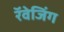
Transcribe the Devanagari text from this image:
रॅवेजिंग